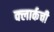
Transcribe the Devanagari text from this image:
क्‍लार्कची